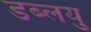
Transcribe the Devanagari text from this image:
डब्लयु